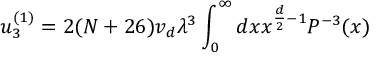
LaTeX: u _ { 3 } ^ { ( 1 ) } = 2 ( N + 2 6 ) v _ { d } \lambda ^ { 3 } \int _ { 0 } ^ { \infty } { d x } x ^ { \frac { d } { 2 } - 1 } P ^ { - 3 } ( x )